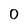
Character: O